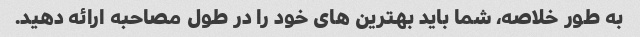
به طور خلاصه، شما باید بهترین های خود را در طول مصاحبه ارائه دهید.